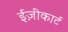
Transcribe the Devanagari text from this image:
ईज़ीकार्ट